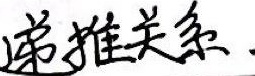
递推关系.